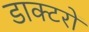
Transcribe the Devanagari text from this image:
डाक्‍टरों